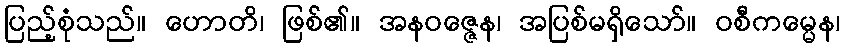
ပြည့်စုံသည်။ ဟောတိ၊ ဖြစ်၏။ အနဝဇ္ဇေန၊ အပြစ်မရှိသော်။ ဝစီကမ္မေန၊